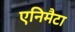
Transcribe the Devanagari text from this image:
एनिमैटा